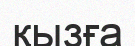
қызға